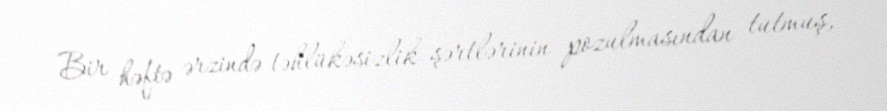
Bir həftə ərzində təhlükəsizlik şərtlərinin pozulmasından tutmuş,